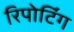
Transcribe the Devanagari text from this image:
रिपोटि॔ंग